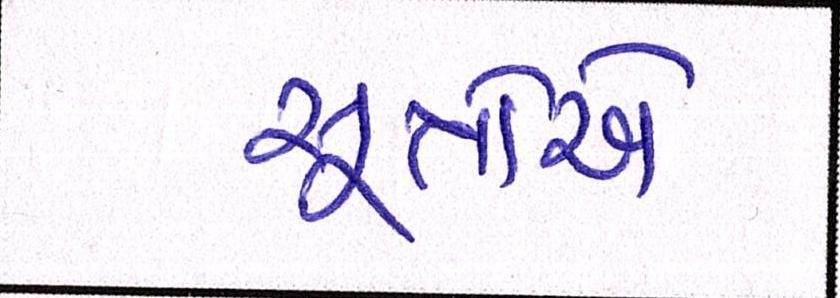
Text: સૂત્રોએ